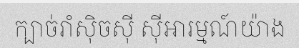
ក្បាច់រាំស៊ិចស៊ី ស៊ីអារម្មណ៍យ៉ាង